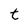
Character: t